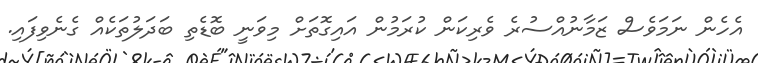
އެހެން ނަމަވެސް ޒަމާނުއްސުރެ ވެރިކަން ކުރަމުން އައިގޮތަށް މިވަނީ ބޮޑެތި ބަދަލުތަކެއް ގެނެވިފައި.